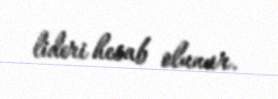
lideri hesab olunur.